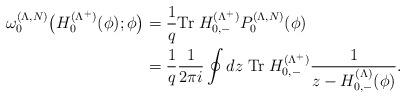
LaTeX: \begin{align*}\omega_0^{(\Lambda,N)}\big(H_0^{(\Lambda^+)}(\phi);\phi\big)&=\frac{1}{q}{\rm Tr}\; H_{0,-}^{(\Lambda^+)}P_0^{(\Lambda,N)}(\phi)\\&=\frac{1}{q}\frac{1}{2\pi i}\oint dz\;{\rm Tr}\;H_{0,-}^{(\Lambda^+)}\frac{1}{z-H_{0,-}^{(\Lambda)}(\phi)}.\end{align*}